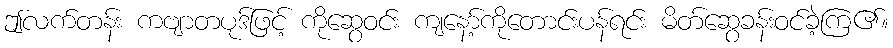
ဤလက်တန်း ကဗျာတပုဒ်ဖြင့် ကိုဆွေဝင်း ကျနော့်ကိုတောင်းပန်ရင်း မိတ်ဆွေခန်းဝင်ခဲ့ကြ၏။